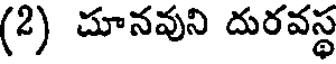
(2) దూనవుని దురవస్థ